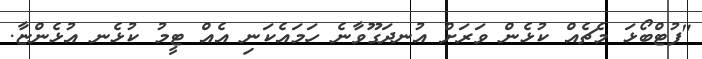
"ފުޓްބޯޅަ މެޗެއް ކުޅެން ވަރަށް އުނދަގޫވާނެ ހަމައެކަނި އެއް ޓީމު ކުޅެނ އުޅެންޏާ.